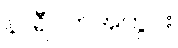
နာရီဝက်အတွင်း